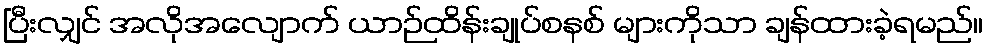
ပြီးလျှင် အလိုအလျောက် ယာဉ်ထိန်းချုပ်စနစ် များကိုသာ ချန်ထားခဲ့ရမည်။